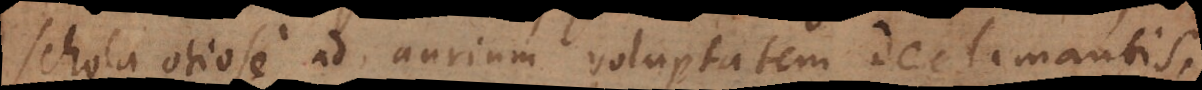
schola otiose ad aurium voluptatem declamantis,